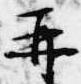
再